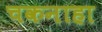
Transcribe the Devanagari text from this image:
चकनाहा